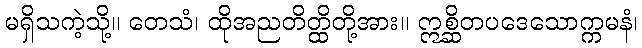
မရှိသကဲ့သို့။ တေသံ၊ ထိုအညတိတ္ထိတို့အား။ ဣစ္ဆိတပဒေသောက္ကမနံ၊